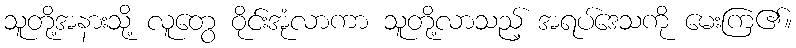
သူတို့အနားသို့ လူတွေ ဝိုင်းအုံလာကာ သူတို့လာသည့် အရပ်ဒေသကို မေးကြ၏။